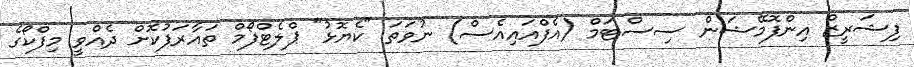
ފިޝަރީޒް އިންފޮމޭޝަން ސިސްޓަމް (އެފްއައިއެސް) ނުވަތަ "ކެޔޮޅު" ޕްލެޓްފޯމް ތައާރަފުކޮށް ދެއްވީ މިފްކޯގެ